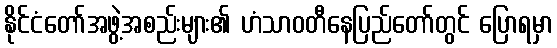
နိုင်ငံတော်အဖွဲ့အစည်းများ၏ ဟံသာဝတီနေပြည်တော်တွင် ပြောရမှာ